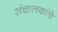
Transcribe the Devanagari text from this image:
संचालकांचे